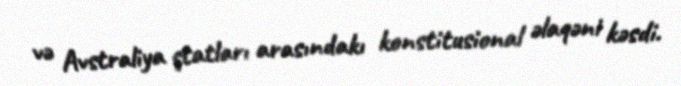
və Avstraliya ştatları arasındakı konstitusional əlaqəni kəsdi.